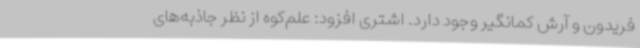
فریدون و آرش کمانگیر وجود دارد. اشتری افزود: علم‌کوه از نظر جاذبه‌های